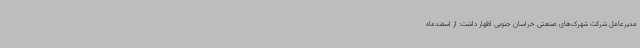
مدیرعامل شرکت شهرک‌های صنعتی خراسان جنوبی اظهار داشت: از اسفندماه